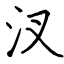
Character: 汊